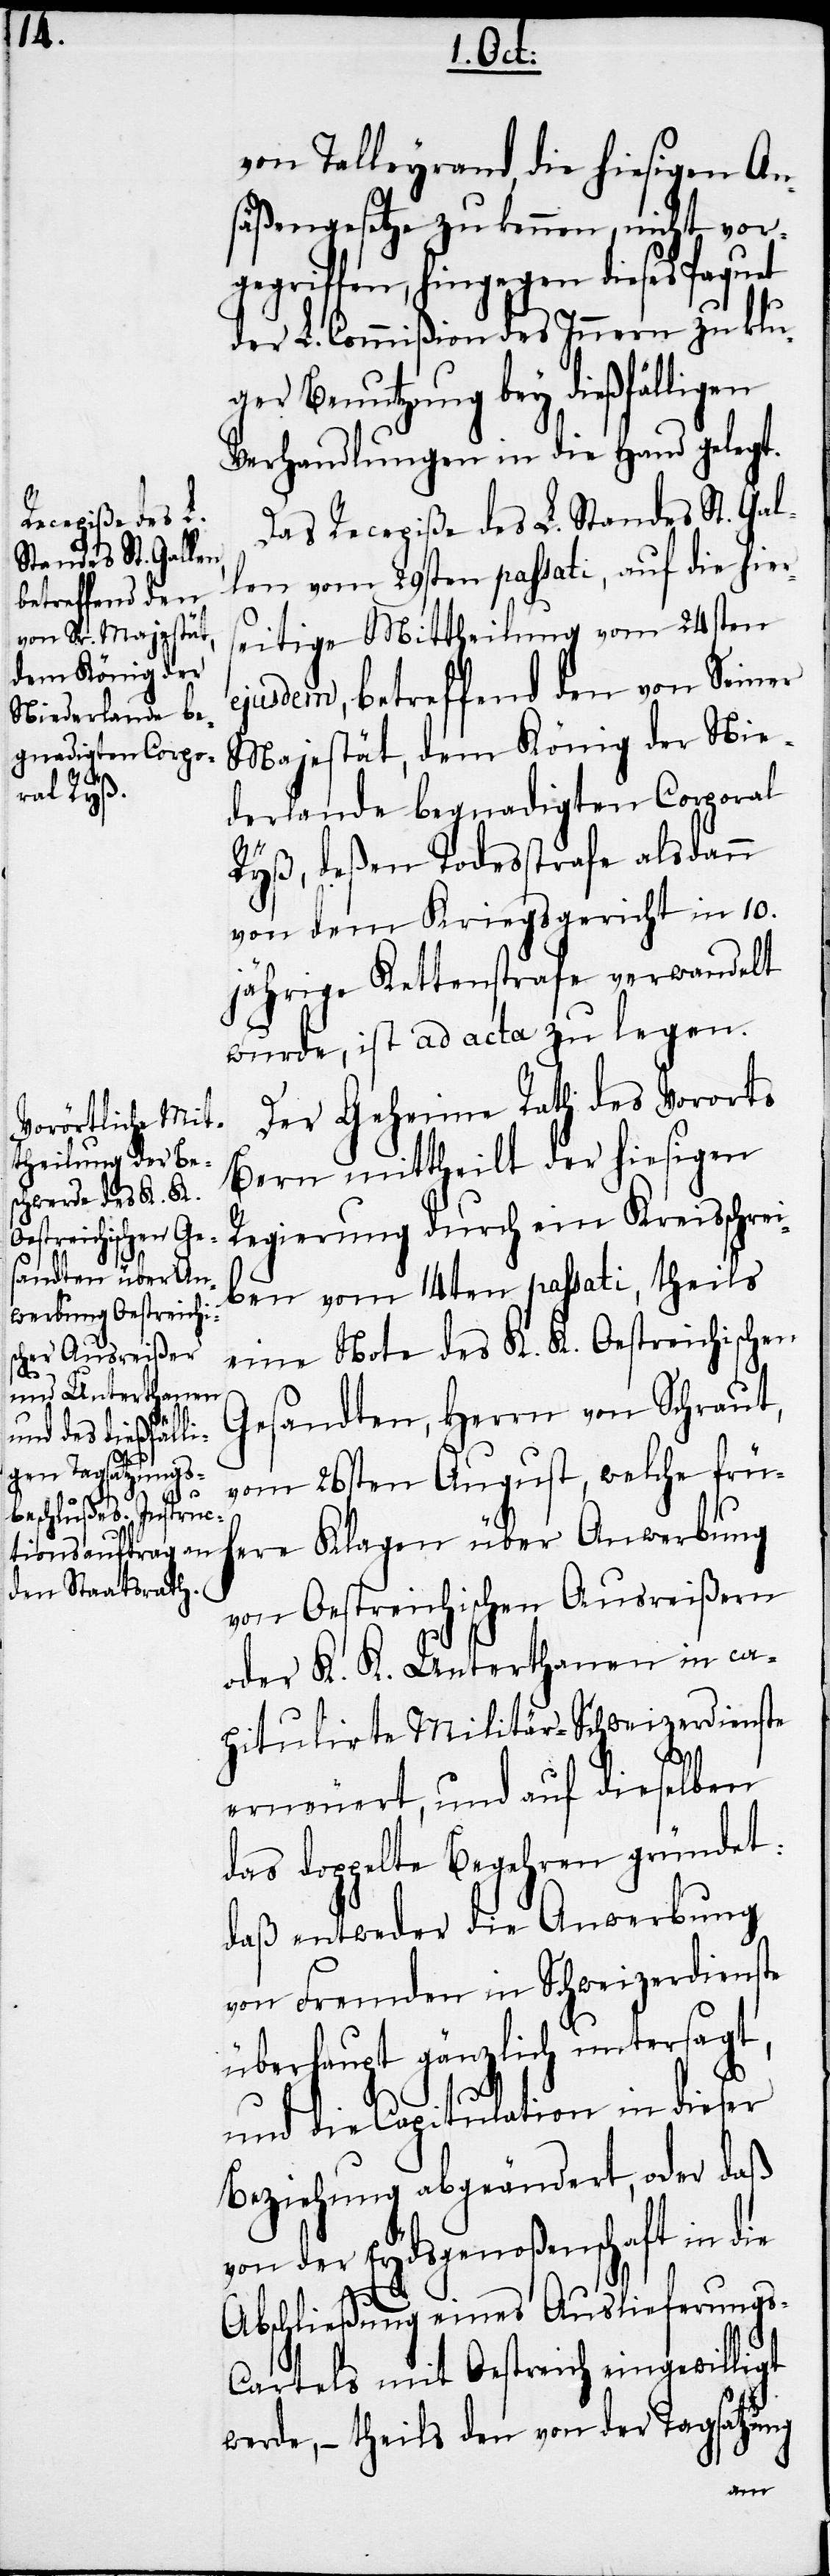
betreffend den

von Talleyrand, die hiesigen An¬
säßengesetze zu kennen, nicht vor¬
gegriffen, hingegen dieses Paquet
der L. Commißion des Innern zu klu¬
ger Benutzung bey dießfälligen
Verhandlungen in die Hand gelegt.
Das Recepiße des L. Standes St. Gal¬
len vom 29sten passati, auf die hier¬
seitige Mittheilung vom 24sten
Majestät, dem König der Nie¬
derlande begnadigten Corporal
Ryß, deßen Todesstrafe alsdann
von dem Kriegsgericht in 10.
jährige Kettenstrafe verwandelt
wurde, ist ad acta zu legen.
Der Geheime Rath des Vororts
Bern mittheilt der hiesigen
Regierung durch ein Kreisschrei¬
ben vom 14ten passati, theils
eine Note des K. K. Oestreichischen
Gesandten, Herrn von Schraut,
vom 26sten August, welche früh¬
ere Klagen über Anwerbung
von Oestreichischen Ausreißern
oder K. K. Unterthanen in ca¬
pitulirte Militär-Schweizerdienste
erneuert, und auf dieselben
das doppelte Begehren gründet:
daß entweder die Anwerbung
überhaupt gänzlich untersagt,
und die Capitulation in dieser
Beziehung abgeändert, oder daß
von der Eydsgenoßenschaft in die
Abschließung eines Auslieferung¬
s-Cartels mit Oestreich eingewilligt
werde, − theils den von der Tagsatzung
von